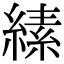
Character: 縤